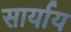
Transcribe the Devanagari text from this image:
सार्याय